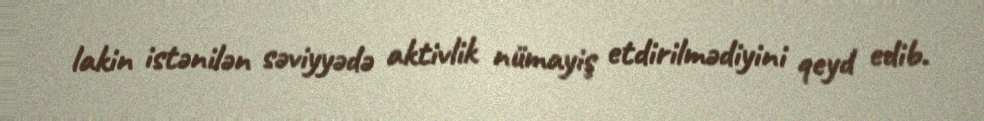
lakin istənilən səviyyədə aktivlik nümayiş etdirilmədiyini qeyd edib.